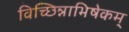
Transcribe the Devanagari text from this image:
विच्छिन्नाभिषेकम्